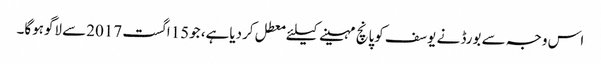
اس وجہ سے بورڈ نے یوسف کوپانچ مہینے کیلئے معطل کردیاہے، جو15اگست 2017سے لاگوہوگا۔